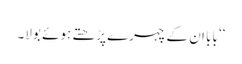
‘‘ بابا ان کے چہرے پڑھتے ہوئے بولا۔